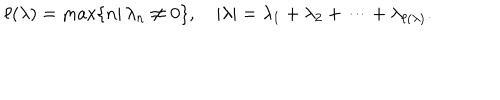
LaTeX: \ell ( \lambda ) = \max \{ n | \, \lambda _ { n } \neq 0 \} , \quad | \lambda | = \lambda _ { 1 } + \lambda _ { 2 } + \cdots + \lambda _ { \ell ( \lambda ) } .